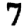
Digit: 7